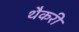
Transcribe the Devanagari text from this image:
थैकरी